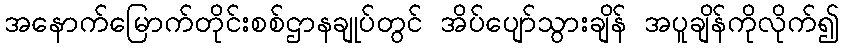
အနောက်မြောက်တိုင်းစစ်ဌာနချုပ်တွင် အိပ်ပျော်သွားချိန် အပူချိန်ကိုလိုက်၍